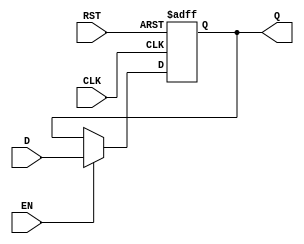
module output_register (
    input wire D,          // Data input
    input wire CLK,        // Clock signal
    input wire EN,         // Enable signal
    input wire RST,        // Reset signal (active high)
    output reg Q           // Data output
);

// Synchronous operation with reset
always @(posedge CLK or posedge RST) begin
    if (RST) begin
        Q <= 1'b0;        // Reset output to 0
    end else if (EN) begin
        Q <= D;           // Update output with data input
    end
    // If EN is not asserted, Q retains its previous value
end

endmodule